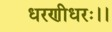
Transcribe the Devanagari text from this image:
धरणीधरः।।